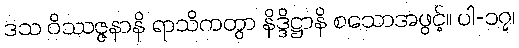
ဒသ ဝိဿဇ္ဇနာနိ ရာသိကတွာ နိဒ္ဒိဋ္ဌာနိ စသောအဖွင့်။ ပါ-၁၇၊